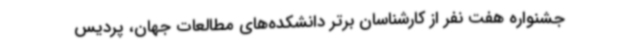
جشنواره هفت نفر از کارشناسان برتر دانشکده‌های مطالعات جهان، پردیس